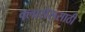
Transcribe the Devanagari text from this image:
क्लासेससाठी